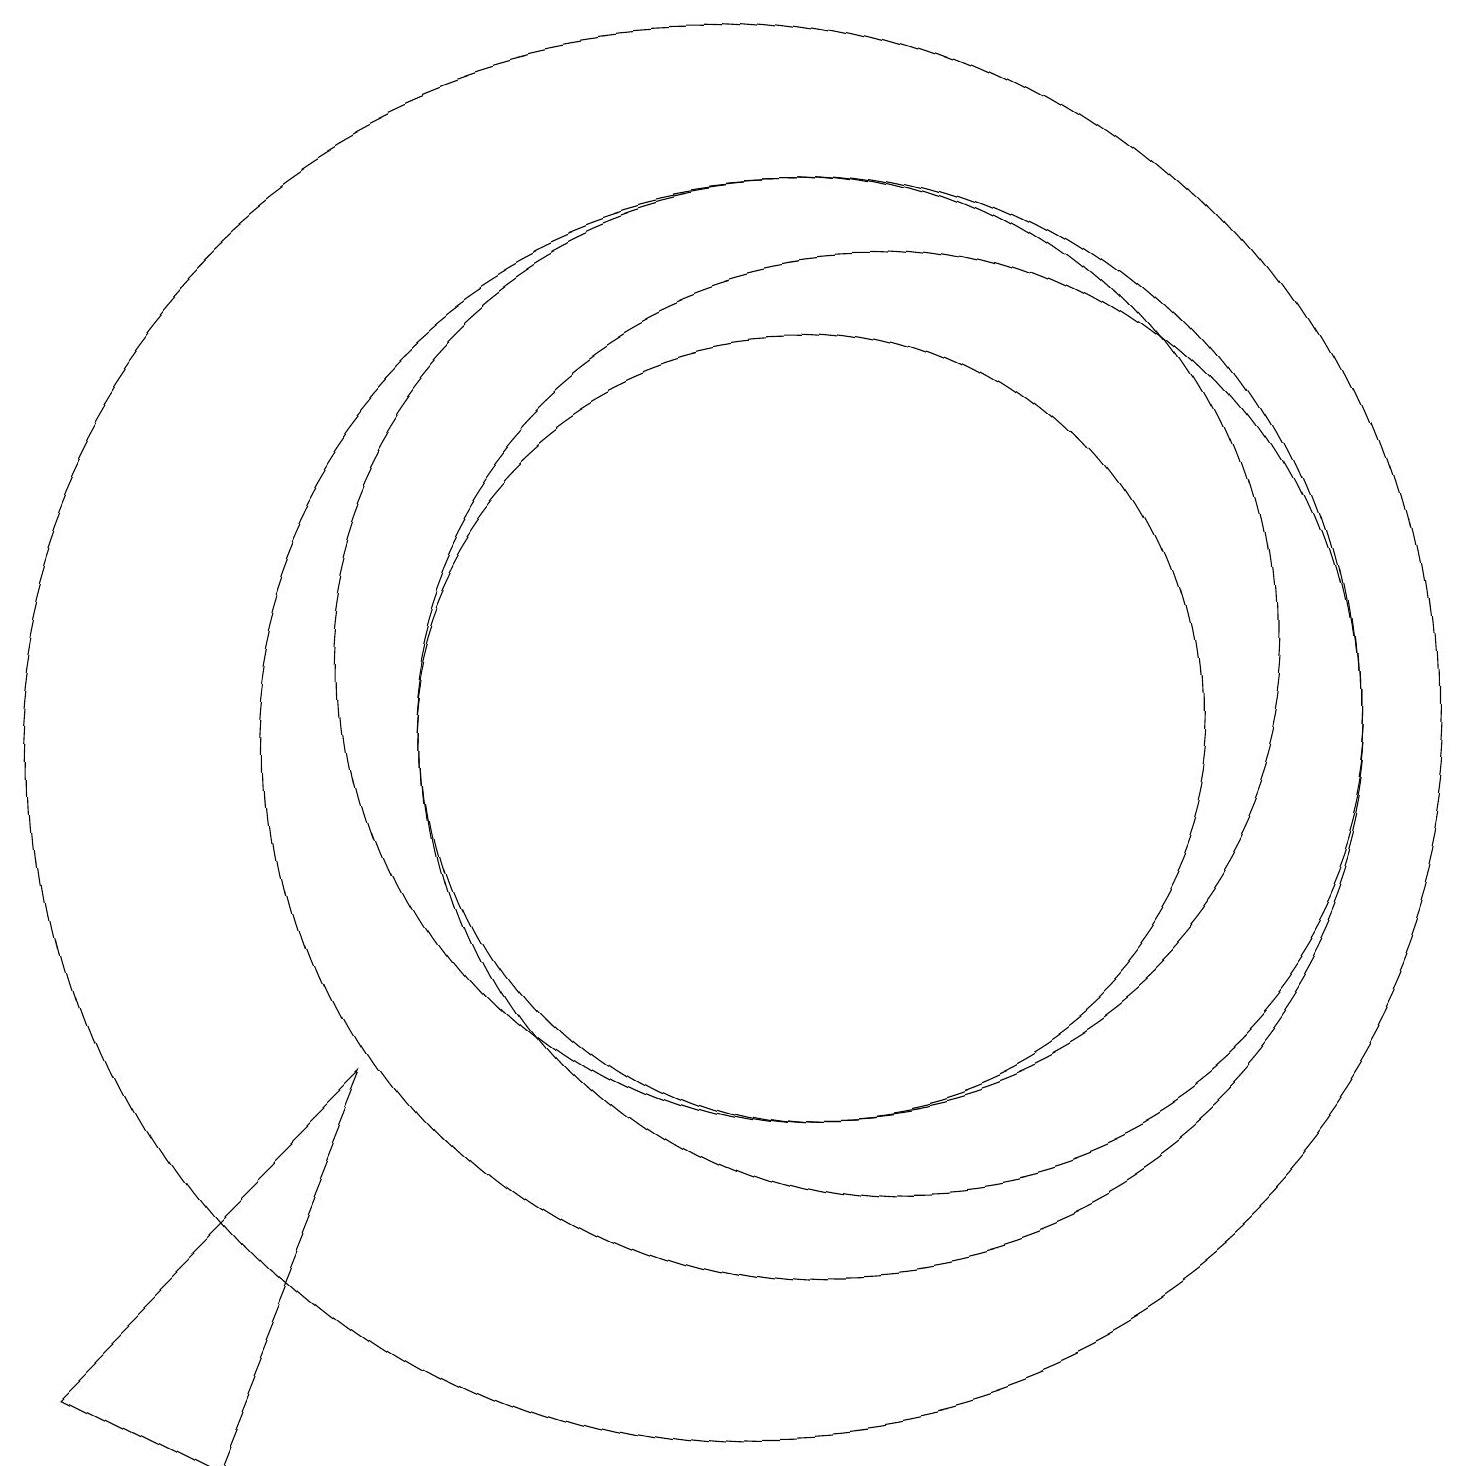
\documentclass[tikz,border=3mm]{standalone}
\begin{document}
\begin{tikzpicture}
\draw (11,11) circle (7);
\draw (3,2) -- (1,3) -- (5,7) -- cycle;
\draw (10,11) circle (9);
\draw (11,11) circle (5);
\draw (11,12) circle (6);
\draw (12,11) circle (6);
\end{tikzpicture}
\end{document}